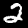
Digit: 2